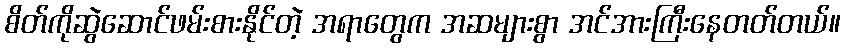
စိတ်ကိုဆွဲဆောင်ဖမ်းစားနိုင်တဲ့ အရာတွေက အဆများစွာ အင်အားကြီးနေတတ်တယ်။